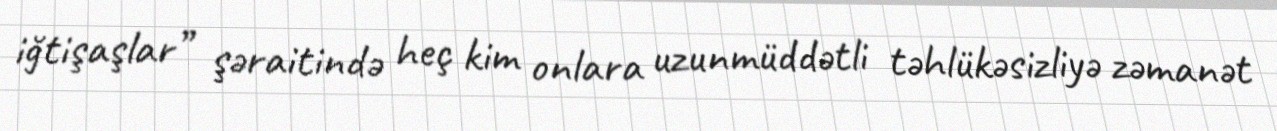
iğtişaşlar” şəraitində heç kim onlara uzunmüddətli təhlükəsizliyə zəmanət